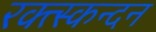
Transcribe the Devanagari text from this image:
रक्त्स्कन्दन